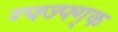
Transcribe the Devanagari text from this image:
ग्फ्ज्फ्ग्क